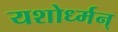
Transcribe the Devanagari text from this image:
यशोर्ध्मन्